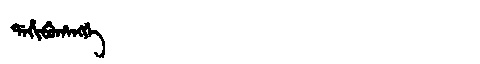
Manchu: ᡩᠠᡥᡳᠪᡠᡥᠠᠩᡤᡝ
Romanization: DAHIBUHANGGE